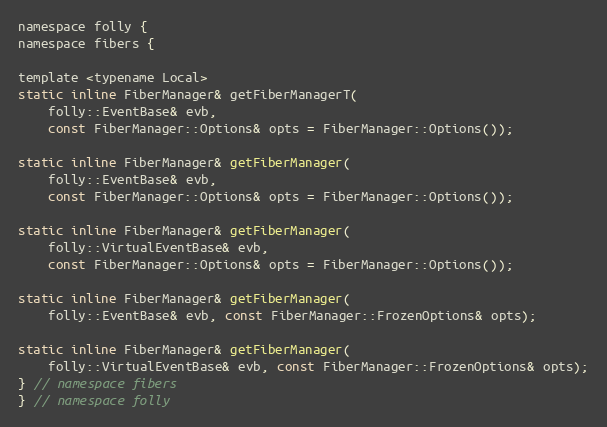
Language: C
namespace folly {
namespace fibers {

template <typename Local>
static inline FiberManager& getFiberManagerT(
    folly::EventBase& evb,
    const FiberManager::Options& opts = FiberManager::Options());

static inline FiberManager& getFiberManager(
    folly::EventBase& evb,
    const FiberManager::Options& opts = FiberManager::Options());

static inline FiberManager& getFiberManager(
    folly::VirtualEventBase& evb,
    const FiberManager::Options& opts = FiberManager::Options());

static inline FiberManager& getFiberManager(
    folly::EventBase& evb, const FiberManager::FrozenOptions& opts);

static inline FiberManager& getFiberManager(
    folly::VirtualEventBase& evb, const FiberManager::FrozenOptions& opts);
} // namespace fibers
} // namespace folly